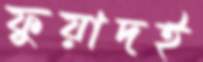
ফুয়াদই